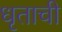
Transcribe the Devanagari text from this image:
धृताची